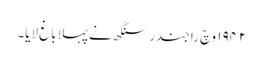
١٩٤٢ وچ راجندر سنگھ نے پہلا باغ لایا۔